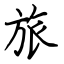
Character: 旅